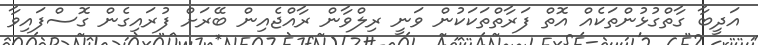
އަދީބާ ގާތްގުޅުންތަކެއް އޮތް ފަރާތްތަކަކުން ވަނީ ރިލްވާން ރާއްޖެއިން ބޭރަށް ފުރައިގެން ގޮސްފައިވާ